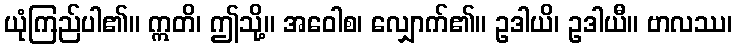
ယုံကြည်ပါ၏။ ဣတိ၊ ဤသို့။ အဝေါစ၊ လျှောက်၏။ ဥဒါယိ၊ ဥဒါယီ။ ဗာလဿ၊